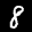
Label: 8